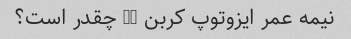
نیمه عمر ایزوتوپ کربن 14 چقدر است؟